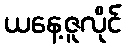
ယနေ့ဇူလိုင်